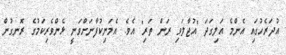
އުދަރެހުގައި އެންމެ އަލިގަދަ "އުޖާލަވި ރަން ތަރި" އެވެ. އެމަނިކުފާނަށްވަނީ ޅެންވެރިކަމުގެ ރޮނގުން